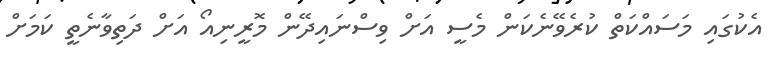
އެކުގައި މަސައްކަތް ކުރެވޭނެކަން މެސީ އަށް ވިސްނައިދޭން މޮރީނިއޯ އަށް ދަތިވާނެތީ ކަމަށް